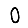
Digit: 0